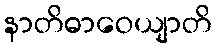
နာတိဓာဝေယျာတိ